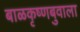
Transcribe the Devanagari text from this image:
बाळकृष्णबुवाला